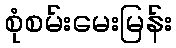
စုံစမ်းမေးမြန်း